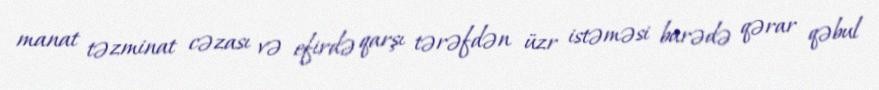
manat təzminat cəzası və efirdə qarşı tərəfdən üzr istəməsi barədə qərar qəbul